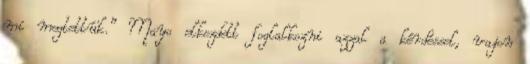
mi megtettük.” Mayo elkezdett foglalkozni azzal a kérdéssel, vajon